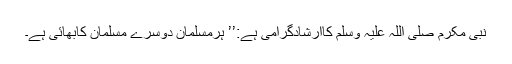
نبی مکرّم صلی اللہ علیہ وسلم کاارشادِگرامی ہے:’’ ہرمسلمان دوسرے مسلمان کابھائی ہے۔